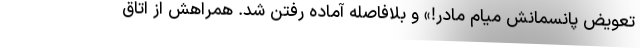
تعویض پانسمانش میام مادر!» و بلافاصله آماده رفتن شد. همراهش از اتاق